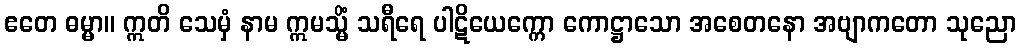
ဧတေ ဓမ္မာ။ ဣတိ သေမှံ နာမ ဣမသ္မိံ သရီရေ ပါဋိယေက္ကော ကောဋ္ဌာသော အစေတနော အဗျာကတော သုညော